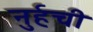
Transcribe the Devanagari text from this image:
नुर्हची